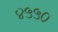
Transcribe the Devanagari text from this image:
४५५०